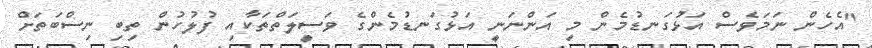
"އެހެން ނަމަވެސް އަޅުގަނޑުމެން މި އަންނަނީ އަޅުގަނޑުމެންގެ ވަސީލަތްތަކާއި ފުލުހުން ތިބި ނިސްބަތަށް